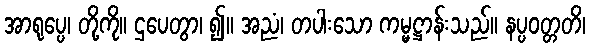
အာရုပ္ပေ၊ တို့ကို။ ဌပေတွာ၊ ၍။ အညံ၊ တပါးသော ကမ္မဋ္ဌာန်းသည်။ နပ္ပဝတ္တတိ၊